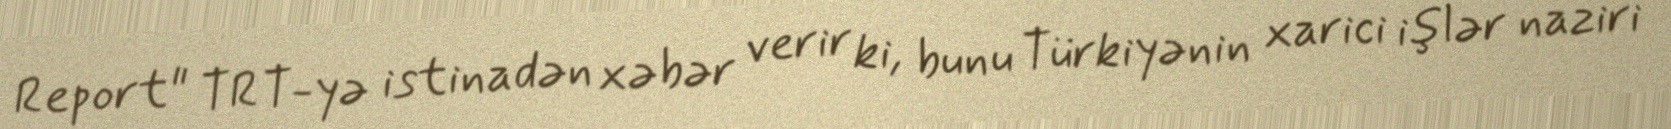
Report" TRT-yə istinadən xəbər verir ki, bunu Türkiyənin xarici işlər naziri